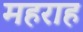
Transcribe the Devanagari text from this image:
महराह